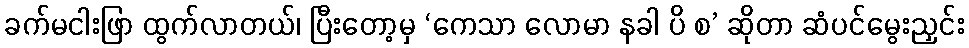
ခက်မငါးဖြာ ထွက်လာတယ်၊ ပြီးတော့မှ ‘ကေသာ လောမာ နခါ ပိ စ’ ဆိုတာ ဆံပင်မွေးညှင်း